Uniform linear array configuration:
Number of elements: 4
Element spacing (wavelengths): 0.75
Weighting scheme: hamming
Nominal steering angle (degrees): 60
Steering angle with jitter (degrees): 59.16
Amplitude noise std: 0.05
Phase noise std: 0.05

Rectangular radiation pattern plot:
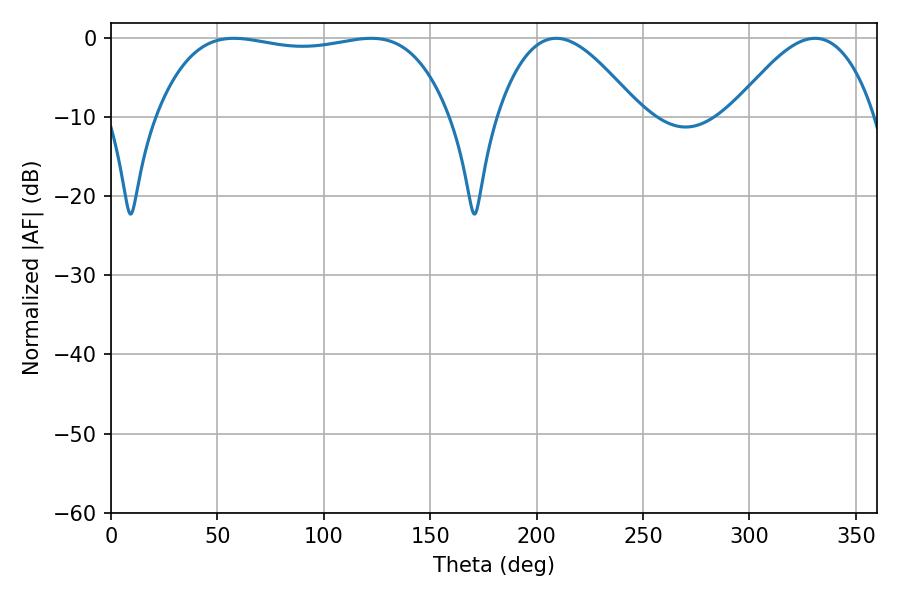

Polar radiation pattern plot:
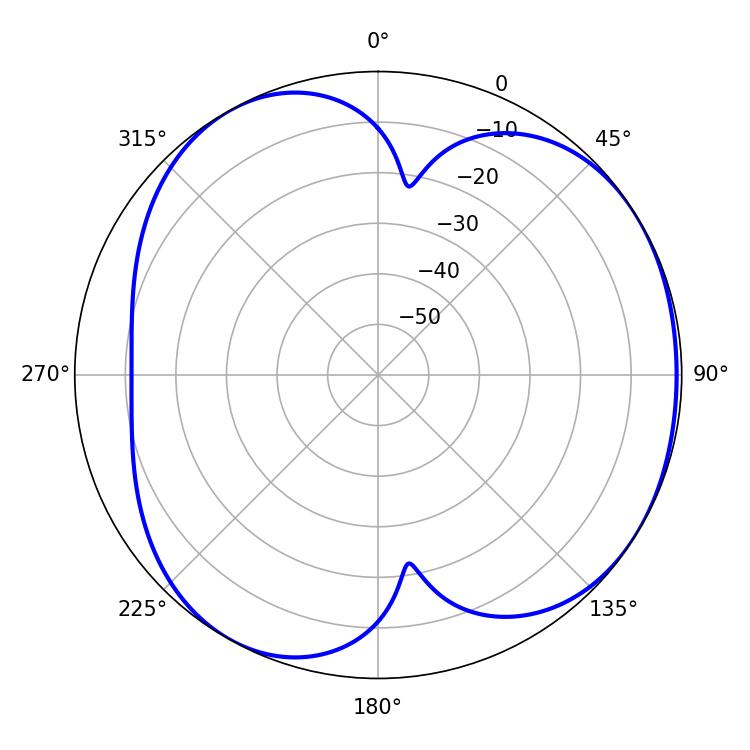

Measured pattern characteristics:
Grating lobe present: TRUE
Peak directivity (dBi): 4.393
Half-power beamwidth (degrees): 109.44
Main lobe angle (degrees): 57.78